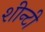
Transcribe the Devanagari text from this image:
शीन्टी